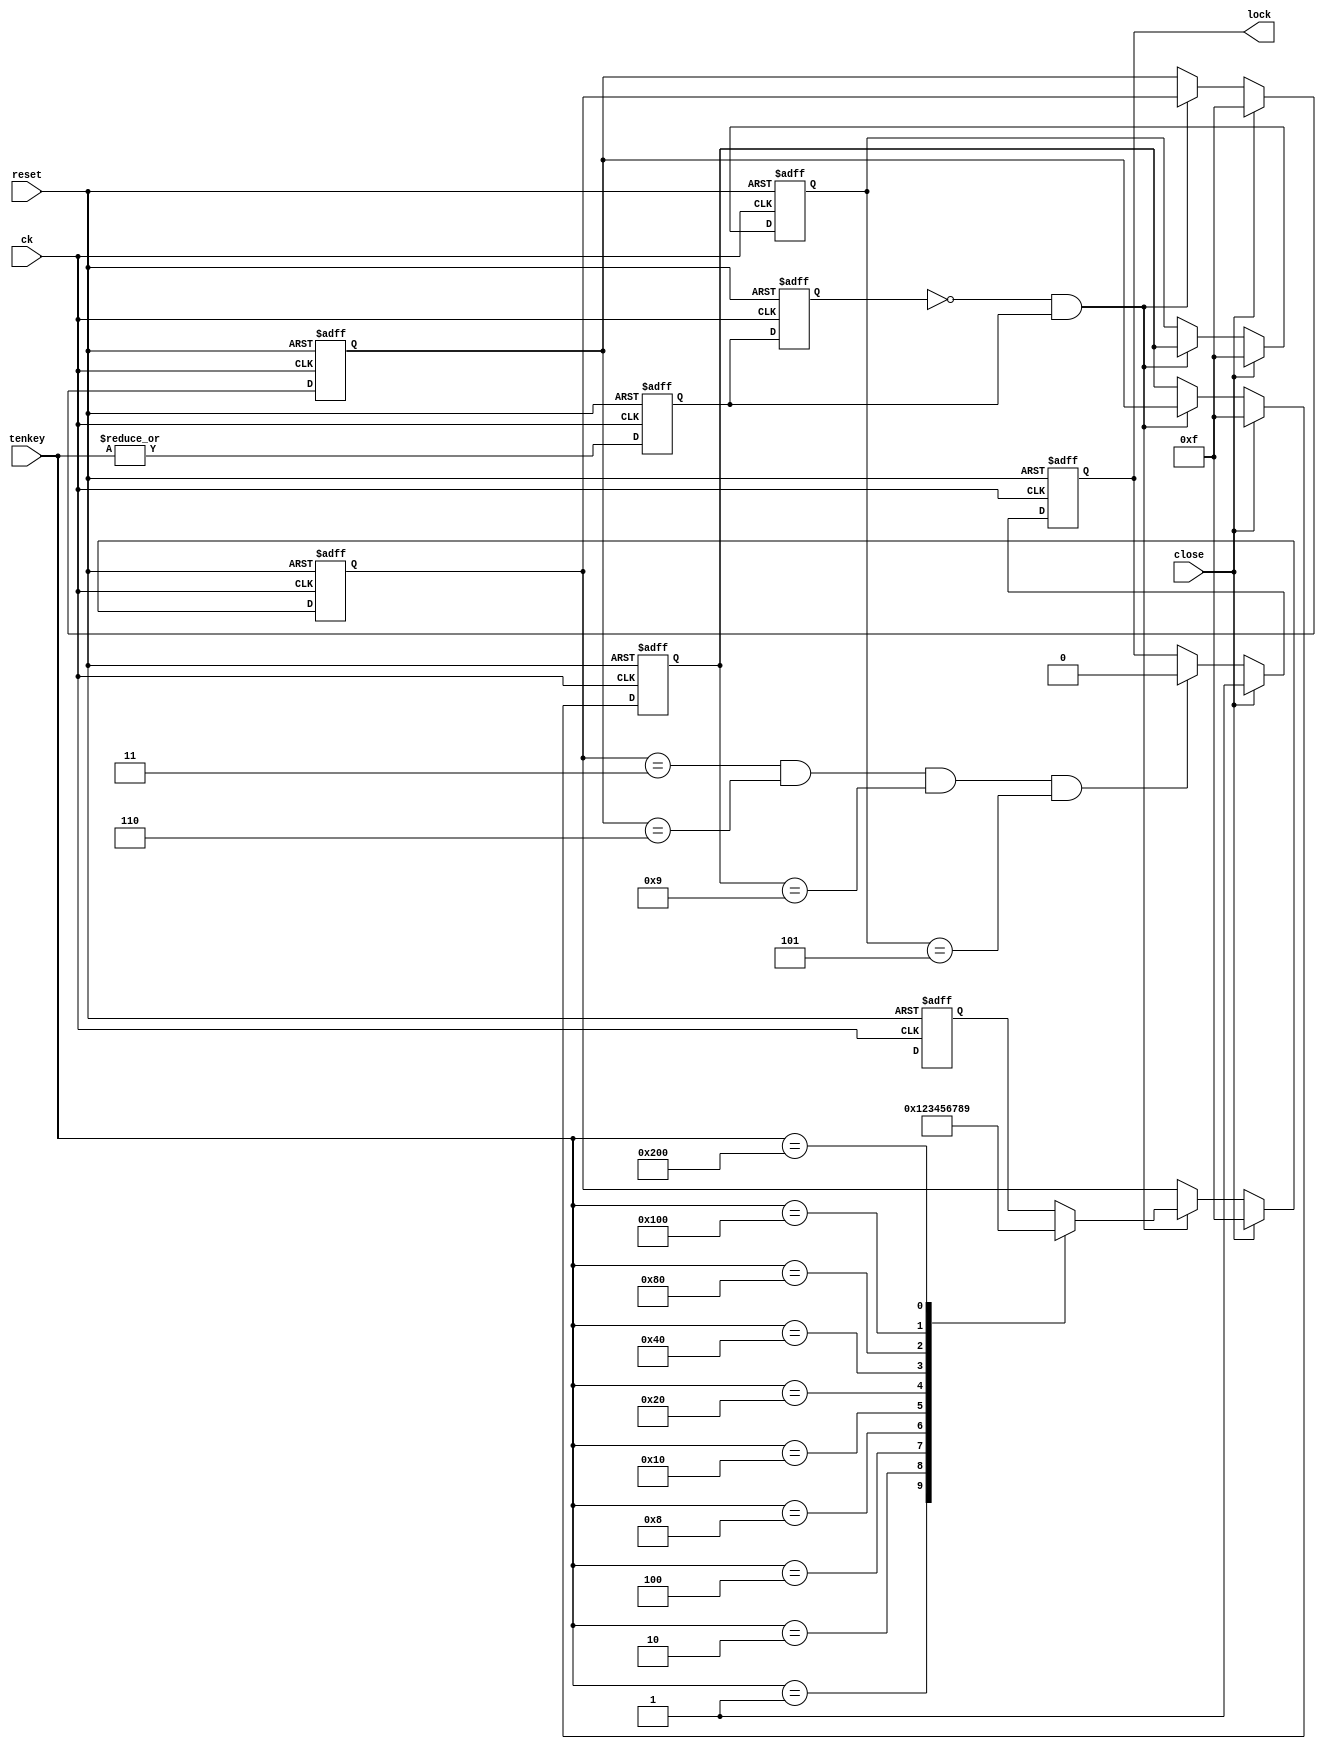
/* Electronic Lock */
module elelock (ck, reset, tenkey, close, lock);
input           ck, reset, close;
input   [9:0]   tenkey;
output          lock;

reg             lock, ke1, ke2;
reg     [3:0]   key [0:3];
wire            match, key_enbl;

//PIN setting
parameter SECRET_3 = 4'h5,
          SECRET_2 = 4'h9,
          SECRET_1 = 4'h6,
          SECRET_0 = 4'h3;
// PIN entry register
always @(posedge ck or posedge reset) begin
    if (reset==1'b1) begin
        key[3] <= 4'b1111;
        key[2] <= 4'b1111;
        key[1] <= 4'b1111;
        key[0] <= 4'b1111;
    end
    else if (close==1'b1) begin
        key[3] <= 4'b1111;
        key[2] <= 4'b1111;
        key[1] <= 4'b1111;
        key[0] <= 4'b1111;
    end
    else if (key_enbl==1'b1) begin
        key[3] <= key[2];
        key[2] <= key[1];
        key[1] <= key[0];
        key[0] <= keyenc(tenkey);
    end
end

// Ten-key input for chatter removal
always @(posedge ck or posedge reset) begin
    if (reset==1'b1) begin
        ke2 <= 1'b0;
        ke1 <= 1'b0;
    end
    else begin
        ke2 <= ke1;
        ke1 <= | tenkey;
    end
end

// Erectronic lock Output
always @(posedge ck or posedge reset) begin
    if (reset==1'b1)
        lock <= 1'b0;
    else if (close==1'b1)
        lock <= 1'b1;
    else if (match==1'b1)
        lock <= 1'b0;
end

// Tenkey input encoder
function    [3:0]   keyenc;
input       [9:0]   sw;
    case (sw)
        10'b00000_00001: keyenc = 4'h0;
        10'b00000_00010: keyenc = 4'h1;
        10'b00000_00100: keyenc = 4'h2;
        10'b00000_01000: keyenc = 4'h3;
        10'b00000_10000: keyenc = 4'h4;
        10'b00001_00000: keyenc = 4'h5;
        10'b00010_00000: keyenc = 4'h6;
        10'b00100_00000: keyenc = 4'h7;
        10'b01000_00000: keyenc = 4'h8;
        10'b10000_00000: keyenc = 4'h9;
    endcase
endfunction

// PIN match signal
assign match = (key[0]==SECRET_0) && (key[1]==SECRET_1)
            && (key[2]==SECRET_2) && (key[3]==SECRET_3);
assign key_enbl = ~ke2 & ke1;

endmodule